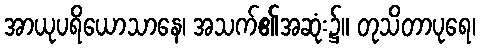
အာယုပရိယောသာနေ၊ အသက်၏အဆုံး၌။ တုသိတာပုရေ၊